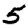
Digit: 5